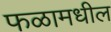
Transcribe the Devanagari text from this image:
फळामधील